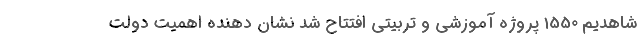
شاهدیم 1550 پروژه آموزشی و تربیتی افتتاح شد نشان دهنده اهمیت دولت